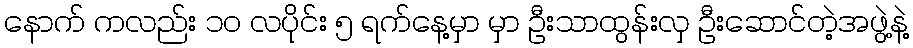
နောက် ကလည်း ၁ဝ လပိုင်း ၅ ရက်နေ့မှာ မှာ ဦးသာထွန်းလှ ဦးဆောင်တဲ့အဖွဲ့နဲ့